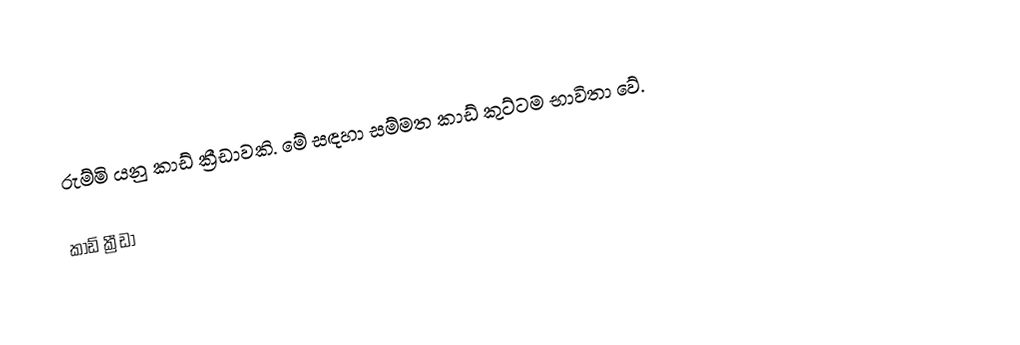
රුම්මි යනු කාඩ් ක්‍රීඩාවකි. මේ සඳහා සම්මත කාඩ් කුට්ටම භාවිතා වේ.

කාඩ් ක්‍රීඩා